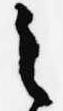
之